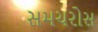
સમચરોસ